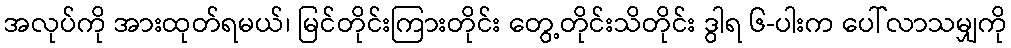
အလုပ်ကို အားထုတ်ရမယ်၊ မြင်တိုင်းကြားတိုင်း တွေ့တိုင်းသိတိုင်း ဒွါရ ၆-ပါးက ပေါ်လာသမျှကို